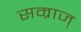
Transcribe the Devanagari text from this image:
सम्राज्